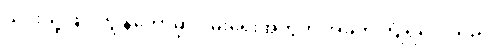
ယင်းသို့ဖြင့် ကျွန်တော့်မှာ ဝမ်းရေးအတွက် အခက်ကြုံရလေသည်။